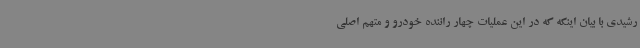
رشیدی با بیان اینکه که در این عملیات چهار راننده خودرو و متهم اصلی